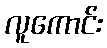
လူကောင်း